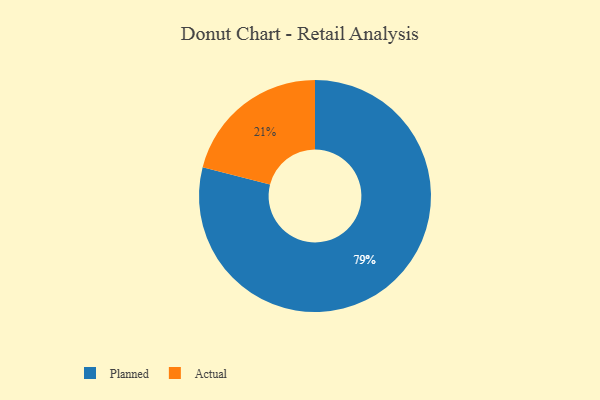
{"axis": {"x": "Category", "y": "Percentage"}, "legend": ["Actual", "Planned"], "data": [{"x": "Actual", "y": 21, "type": "Actual"}, {"x": "Planned", "y": 79, "type": "Planned"}]}